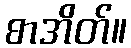
စာအိတ်။